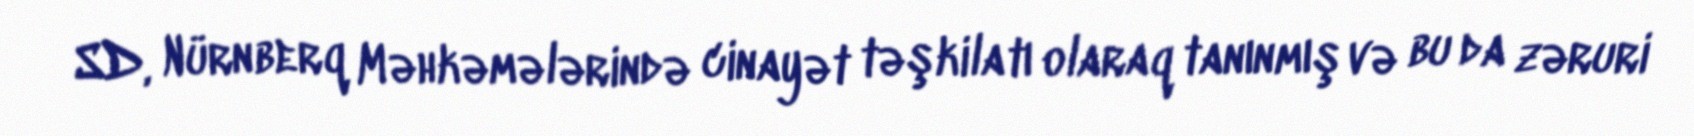
SD, Nürnberq Məhkəmələrində cinayət təşkilatı olaraq tanınmış və bu da zəruri